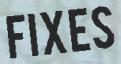
FIXES